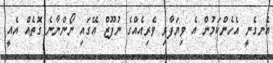
އެނގެނީ އެހެންކަމުން އެ ވިޔަފާރި ވެރިއެއްގެ ނުފޫޒް އޭގައި ނޯންނާނެ ގޮތެއް އެއީ